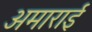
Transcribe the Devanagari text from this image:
अमाराई